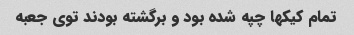
تمام کیکها چپه شده بود و‌ برگشته بودند توی جعبه